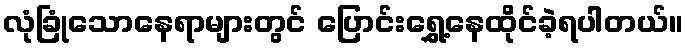
လုံခြုံသောနေရာများတွင် ပြောင်းရွှေ့နေထိုင်ခဲ့ရပါတယ်။